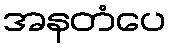
အနတံပေ